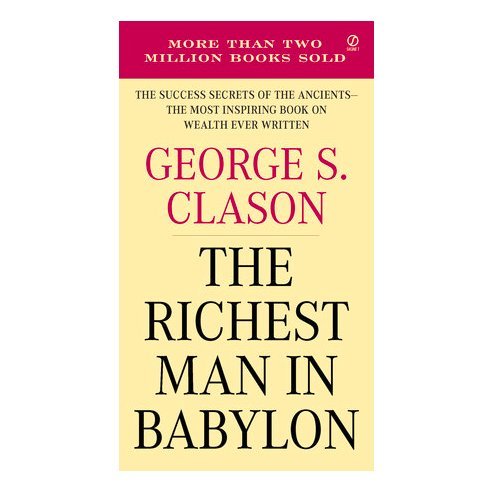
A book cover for The Richest Man in Babylon; George S. Clason; Literature & Fiction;